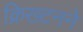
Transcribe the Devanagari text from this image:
क्रिख्टनने